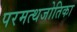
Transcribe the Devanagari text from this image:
परमत्थजोतिका